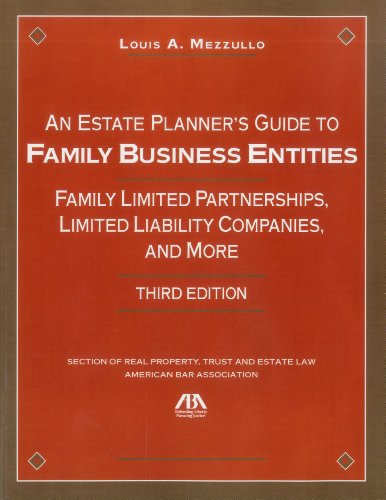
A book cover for An Estate Planner's Guide to Family Business Entities: Family Limited Partnerships, Limited Liability Companies and More; Louis A. Mezzullo; Law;